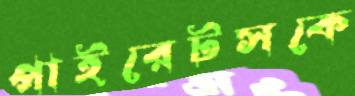
পাইরেটসকে